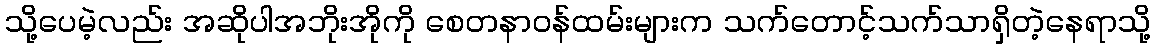
သို့ပေမဲ့လည်း အဆိုပါအဘိုးအိုကို စေတနာဝန်ထမ်းများက သက်တောင့်သက်သာရှိတဲ့နေရာသို့